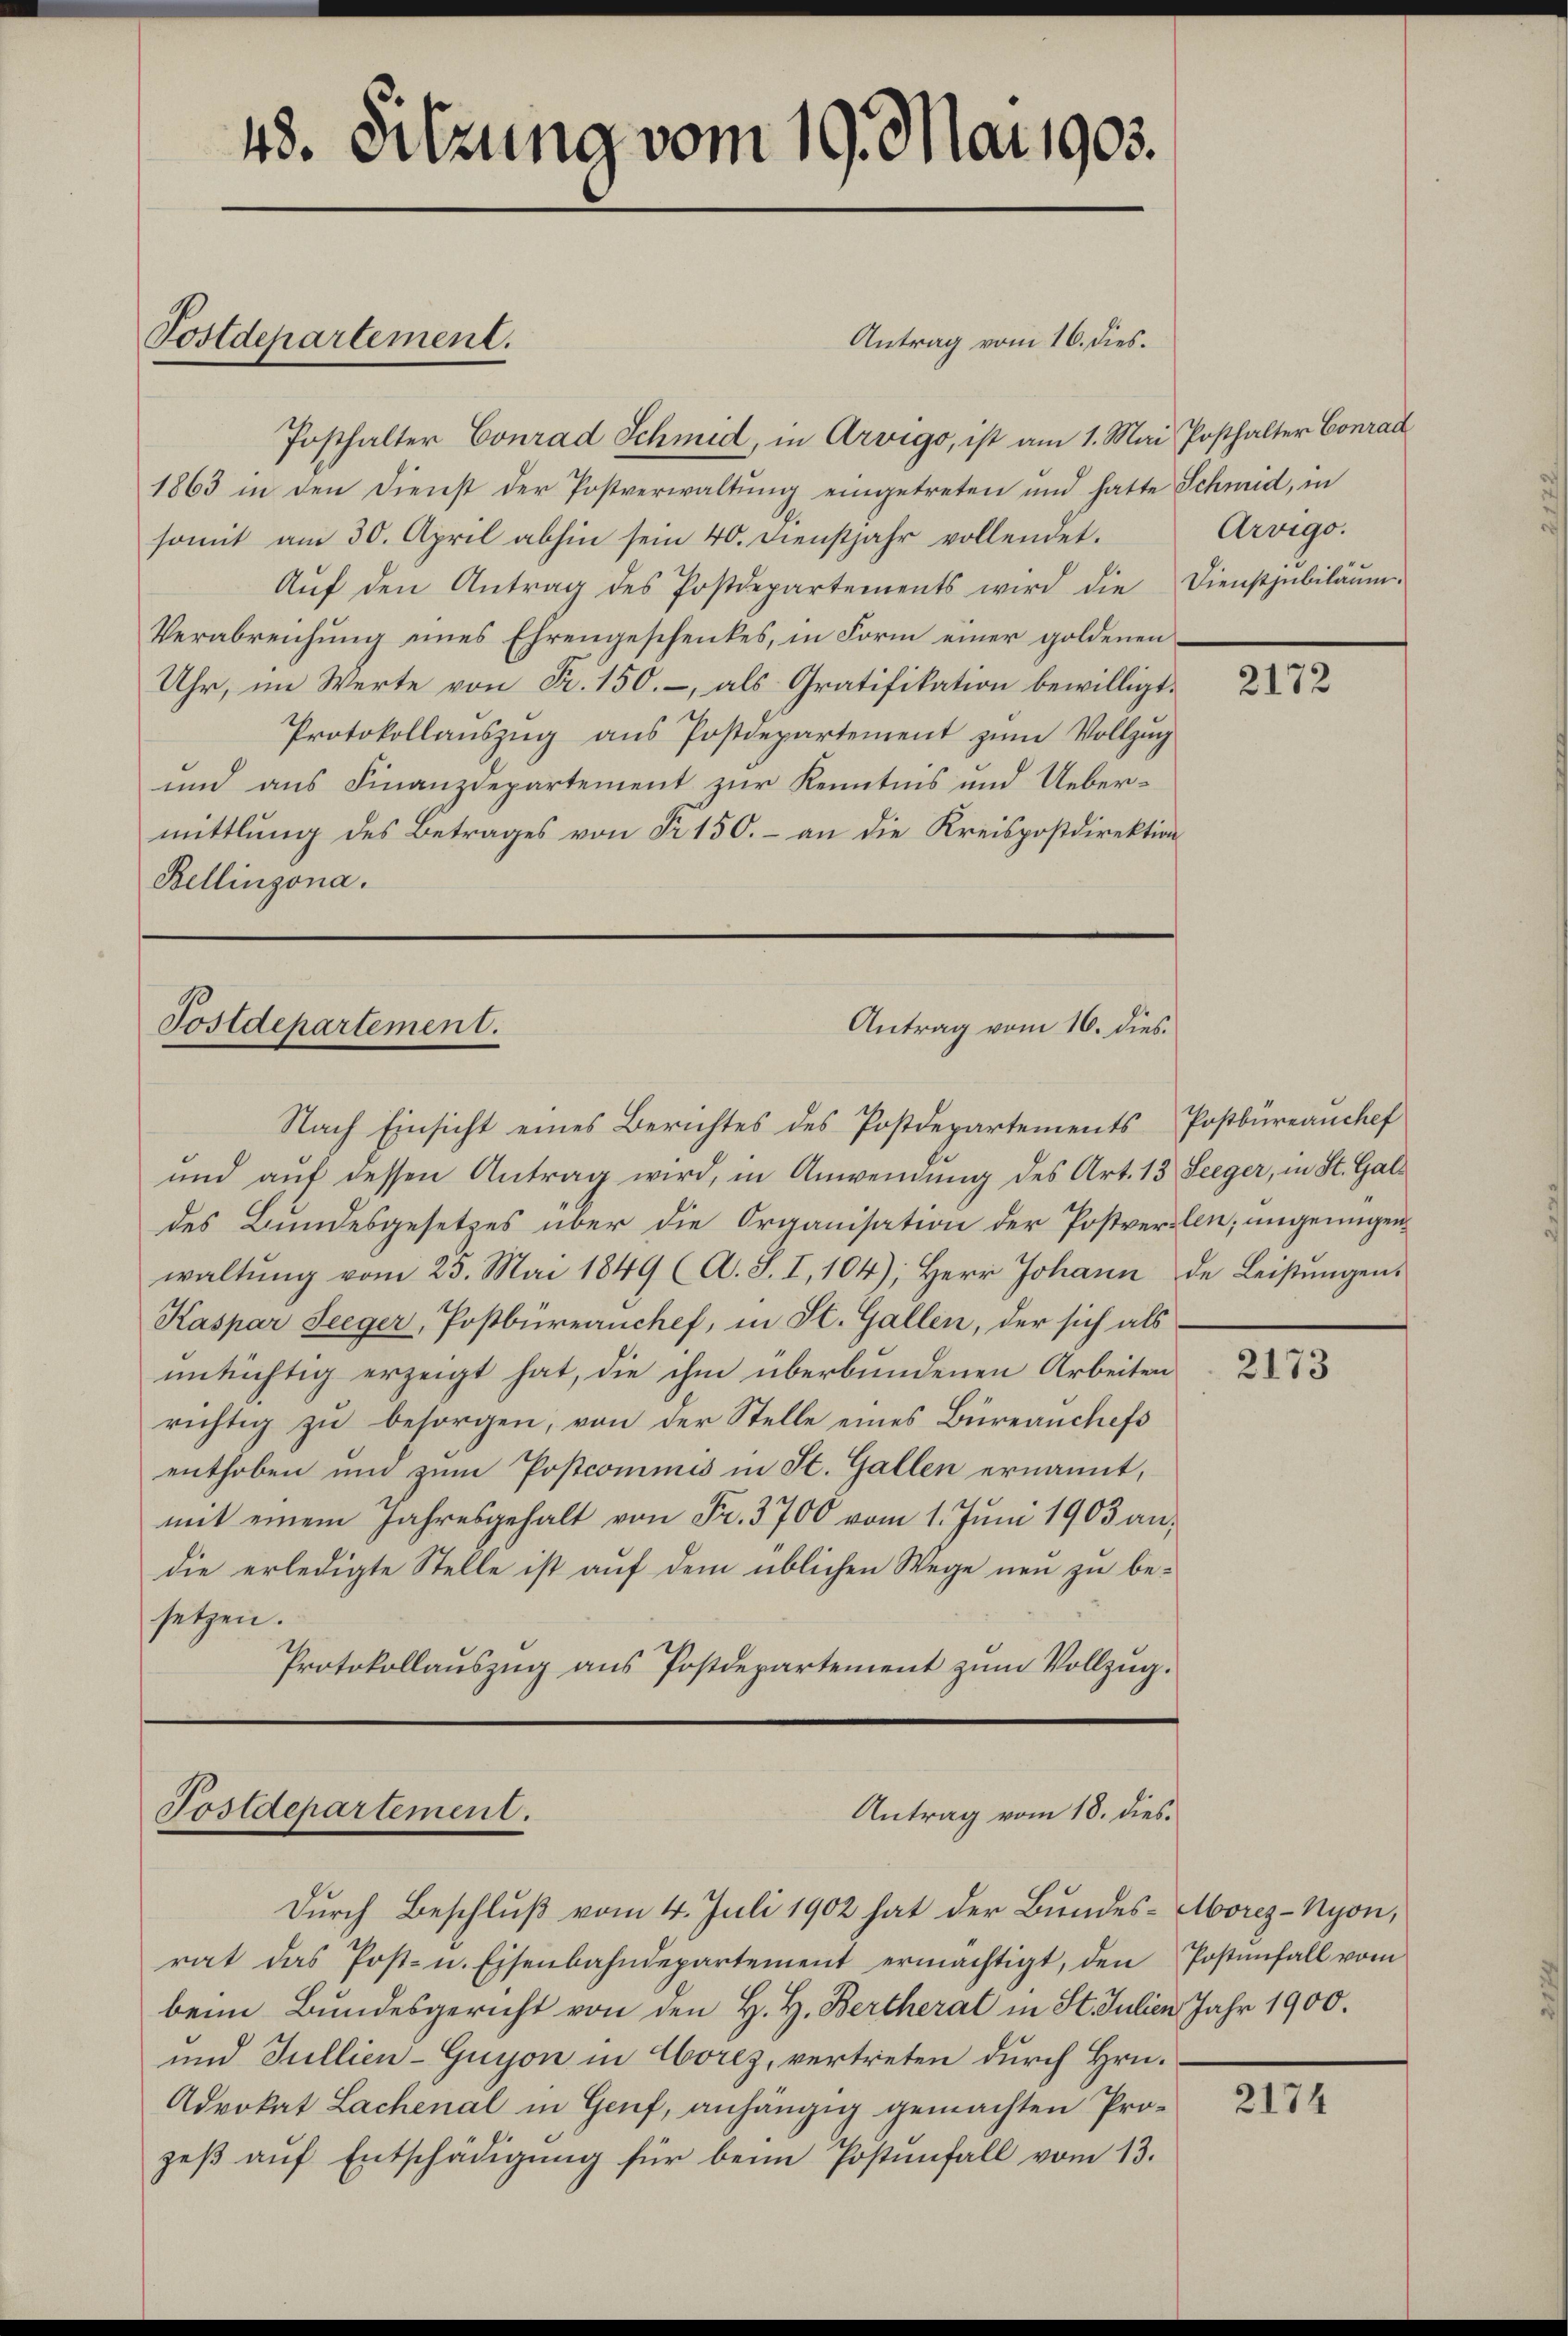
48. Sitzung vom 19. Mai 1905.

Antrag vom 16. dies.
Posthalter Conrad Schmid, in Arvigo, ist am 1. Mai Posthalter Conrad
1863 in den Dienst der Postverwaltŭng eingetreten und hatte Schmid, in
somit am 30. April abhin sein 40. Dienstjahr vollendet.
Aŭf den Antrag des Postdepartements wird die Dienstjubiläŭm-
Verabreichung eines Ehrengeschenkes, in Form einer goldenen¬
Uhr, im Werte von Fr. 150.- als Gratifikation bewilligt.
Protokollaŭszŭg aŭs Postdepartement zŭm Vollzŭg
und aus Finanzdepartement zur Kenntnis und Uebermittlung des Betrages von Nr. 150.- an die Kreispostdirektion
Bellinzona.

Postdepartement.

Antrag vom 16. dies
Postdepartement.

und aŭf dessen Antrag wird, in Anwendung des Art. 13 Seeger, in St. Galdes Bundesgesetzes über die Organisation der Postversten, ungenügen
waltŭng vom 23. Mai 1849 (A. S. I, 104), Herr Johann de Leistŭngen.
Kaspar Seeger, Postbüreauchef, in St. Gallen, der sich als
untüchtig erzeigt hat, die ihm überbundenen Arbeiten
richtig zu besorgen, von der Stelle eines Büreauchefs
enthoben und zum Postcommis in St. Gallen ernannt,
mit einem Jahresgehalt von Fr. 3700 vom 1. Juni 1903 an,
die erledigte Stelle ist auf dem üblichen Wege neu zu be-
setzen.
Protokollaŭszŭg aŭs Postdepartement zŭm Vollzŭg.

Postdepartement.

Nach Einsicht eines Berichtes des Postdepartements Postbüreanchef

Antrag vom 18. dies
Durch Beschluß vom 4. Juli 1902 hat der Bundes-Moreg-Nyon,

Arvigo.

rat das Post- u. Eisenbahndepartement ermächtigt, den Postenfall vom
beim Bundesgericht von den H. H. Bertherat in St. Julien Jahr 1900.
und Fullien-Guyon in Corez, vertreten durch Hrn.
Advokat Lachenal in Genf, anhängig gemachten Prozeß auf Entschädigung für beim Postenfall vom 13.

2172

2173

2174